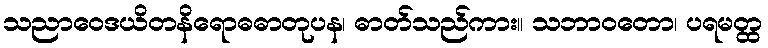
သညာဝေဒယိတနိရောဓဓာတုပန၊ ဓာတ်သည်ကား။ သဘာဝတော၊ ပရမတ္ထ